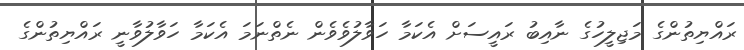
ރައްޔިތުންގެ މަޖިލީހުގެ ނާއިބު ރައީސަށް އެކަމާ ހަވާލުވެވެން ނެތްނަމަ އެކަމާ ހަވާލުވާނީ ރައްޔިތުންގެ